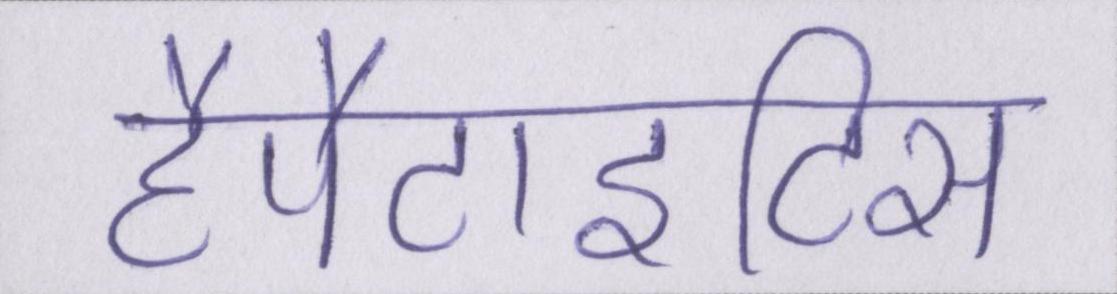
हैपैटाइटिस